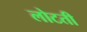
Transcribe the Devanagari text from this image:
लोटती